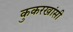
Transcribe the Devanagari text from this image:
कुकरखांसी